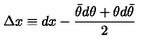
\Delta x \equiv d x - \frac { \bar { \theta } d \theta + \theta d \bar { \theta } } { 2 }